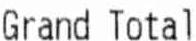
GRAND TOTAL